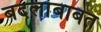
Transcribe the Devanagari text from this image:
बदलांबाबत